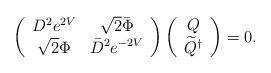
LaTeX: \begin{align*}\left( \begin{array}{cc} D^2 e^{2V} & \sqrt{2} \bar{\Phi} \\ \sqrt{2} \Phi & \bar{D}^2 e^{-2V} \end{array} \right) \left(\begin{array}{c}Q\\ \widetilde{Q}^{\dagger}\end{array} \right) = 0.\end{align*}